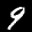
Label: 9